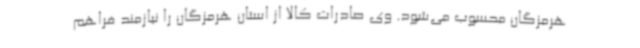
هرمزگان محسوب می‌شود. وی صادرات کالا از استان هرمزگان را نیازمند فراهم